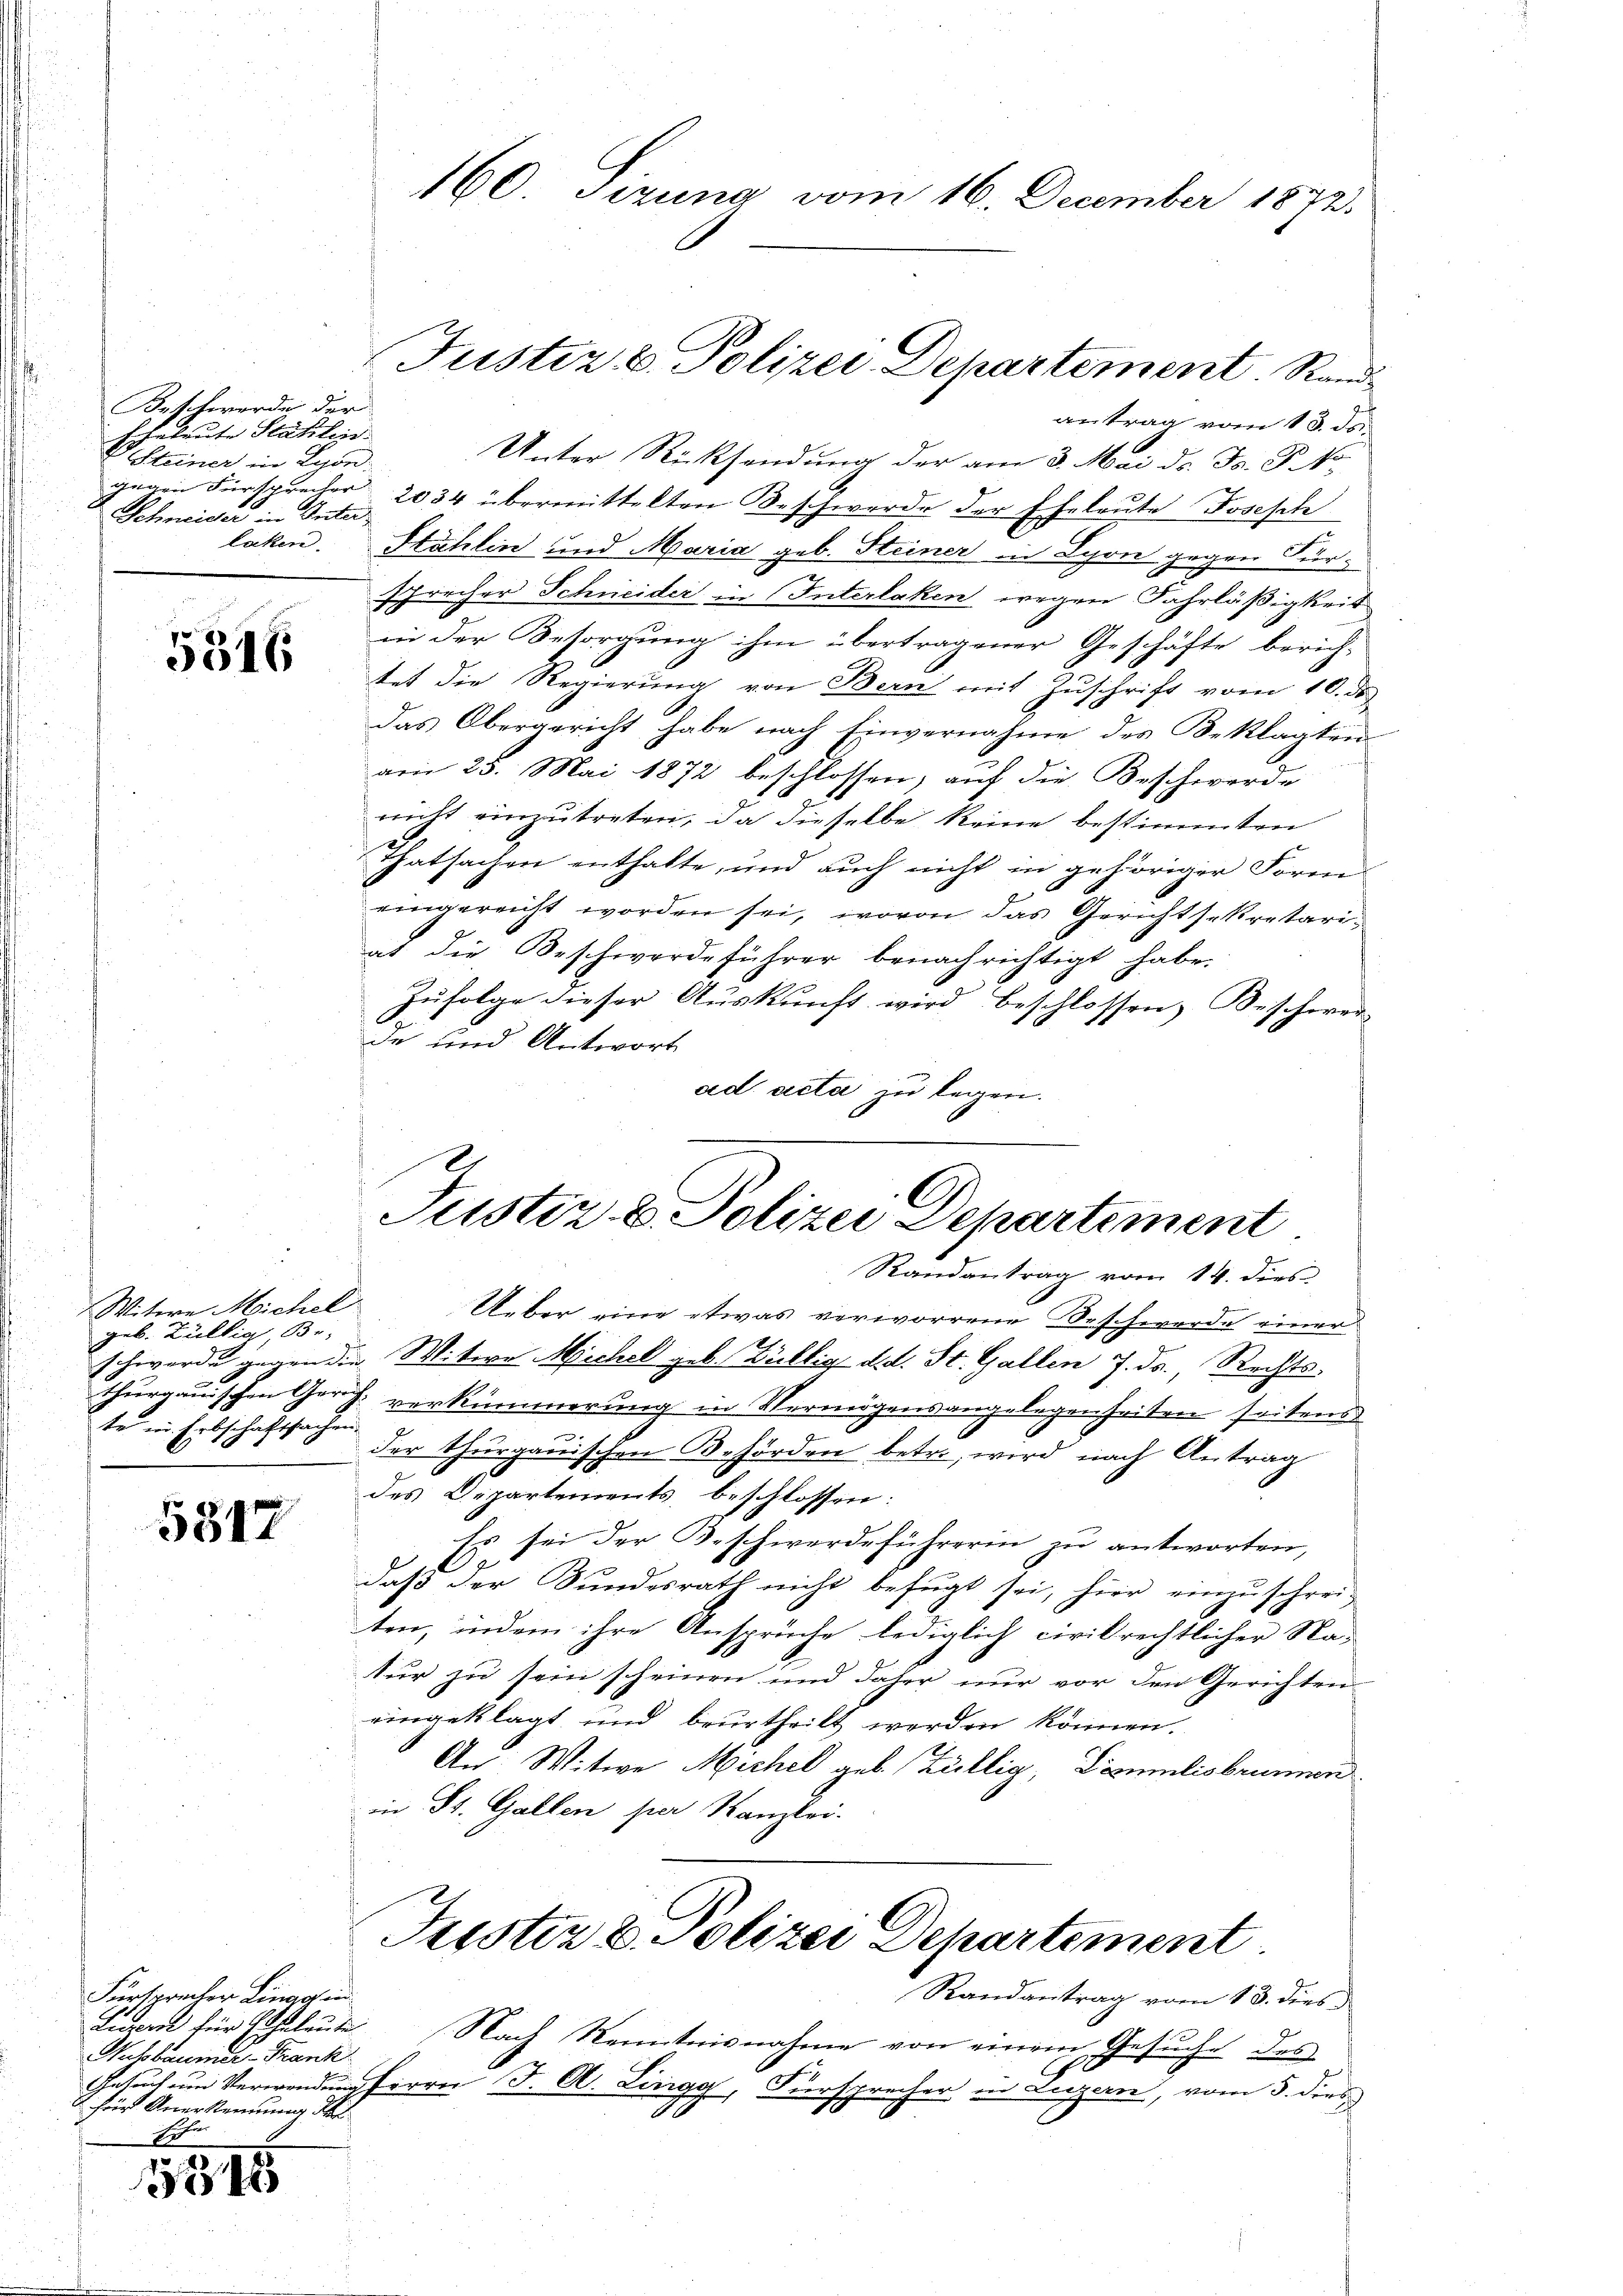
Beschwerde der
Echeleute Stählen.
Steiner in Lyon:
Schneider in Interlaken.

5316

Witwe Michel
geb. Bällig, Br
te in Erbschaftsachen

5817

Fürsprecher Linggen
Luport für Eheleute
ohbaumer-Frank
 für Anerkennung de
Erfur

1344

160. Sizung vom 16. December 1872.

Justiz & Polizei Departement Rand

Justiz & Polizei Departement
Randantrag vom 14. dies

antrag vom 13. ds.
Unter Rücksendung der am 3. Mai d. Js. B. No
gegen Fürsprecher 2034 übermittelten Beschwerde der Eheleute Fosesch
Stählin und Maria geb. Steiner in Lyon gegen Fürsprecher Schneider in Interlaken wegen Fahrläßigkeit
in der Besorgung ihm übertragener Geschäfte berichtet die Regierung von Bern mit Zuschrift vom 10. de
Das Obergericht habe nach Einvernahme des Beklagten
am 25. Mai 1872 beschlossen, auf die Beschwerde
richt einzutreten, da dieselbe keine bestimmten
Thatsachen enthalte, und auch nicht in gehöriger Form
eingereicht worden sei, wovon das Gerichtsekretariat die Beschwerdeführer benachrichtigt habe.
Zufolge dieser Auskunft wird beschlossen, Bescherer
de und Antwort
ad acta zu legen.
Ueber eine etwas verworrene Beschwerde einer
schwerde gegen die Witwe Michel geb. Züllig d. d. St. Gallen 7. ds., Rechts-
thurgauischen Gerich verkümmerung in Vermögensangelegenheiten seitens
n
der thurgauischen Behörden betre, wird nach Antrag
des Departements beschlossen:
Es sei der Beschwerdeführerin zu antworten,
daß der Bundesrath nicht befugt sei, hier einzuschrei-
ten, indem ihre Ansprüche lediglich civilrechtlicher Na-
tur zu sein scheinen und daher nur vor den Gerichten
eingeklagt und beurtheilt worden können.
An: Witwe Michel geb. Zillig, Domalisbrunnen
in St. Gallen per Kanzlei.
Justiz & Polizei Departement
Randantrag vom 13. dies
Nach Kenntnisnahme von einem Gesŭche des
Gesuch um Verwendung herrn J. A. Lingg, Fürsprecher in Luzern, vom 5. dies
9